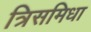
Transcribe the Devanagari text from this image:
त्रिसमिधा